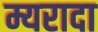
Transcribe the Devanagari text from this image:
म्यरादा